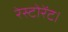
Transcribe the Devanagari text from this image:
रेस्टोरेंट।